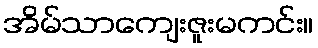
အိမ်သာကျေးဇူးမကင်း။